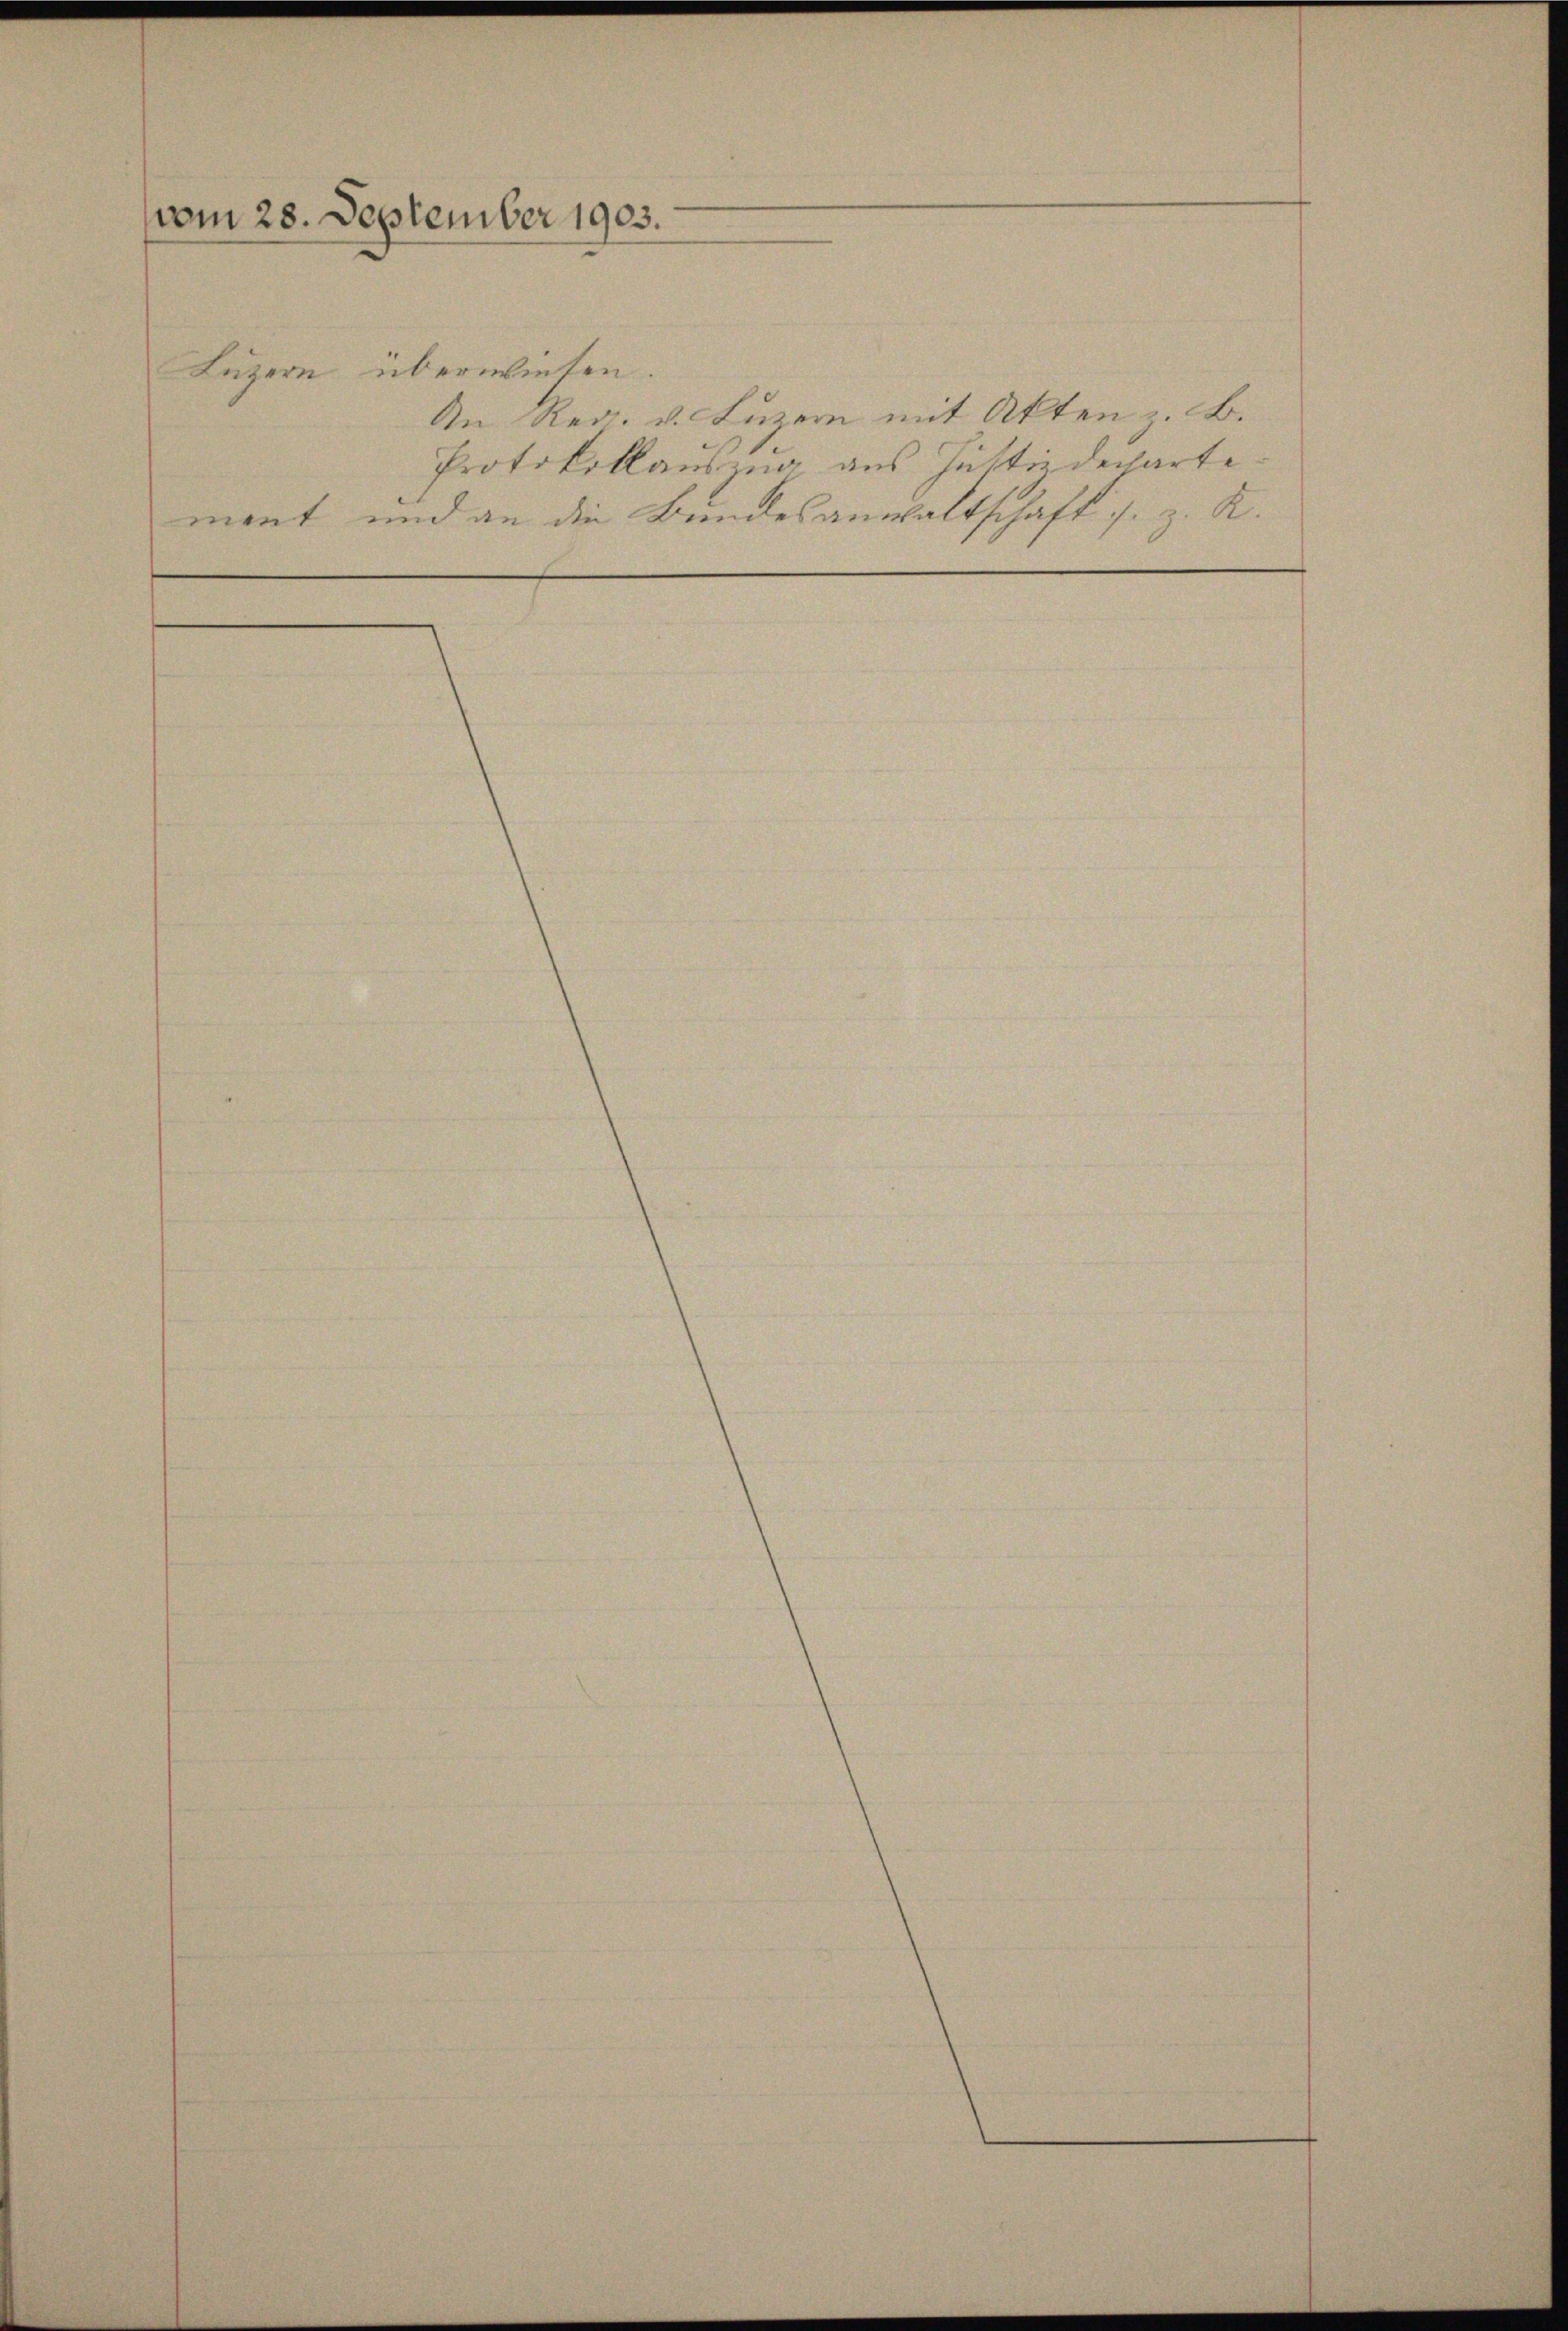
vom 28. September 1903.
Luzern überwiesen.

An Reg. v. Luzern mit Akten z. B.
Protokollauszug aus Justizdechartement und an die Bundesanwaltschaft s. z. R.